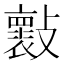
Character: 𣀤